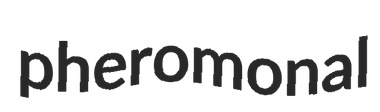
pheromonal